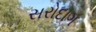
સરોદાગ